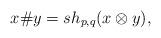
LaTeX: \begin{align*} x \# y = sh_{p,q}(x\otimes y), \end{align*}